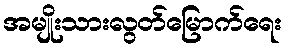
အမျိုးသားလွတ်မြောက်ရေး